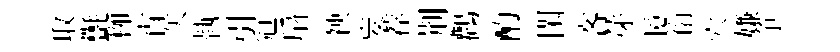
取㲲栁宵矢執引冠扇䘧妄荐荆鸛酌閑客芽憶衍穴嫌争